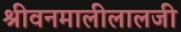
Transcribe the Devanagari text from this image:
श्रीवनमालीलालजी